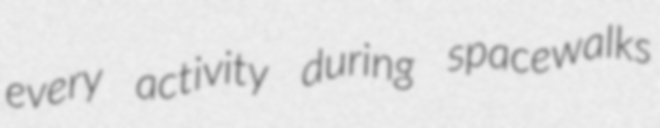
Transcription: every activity during spacewalks